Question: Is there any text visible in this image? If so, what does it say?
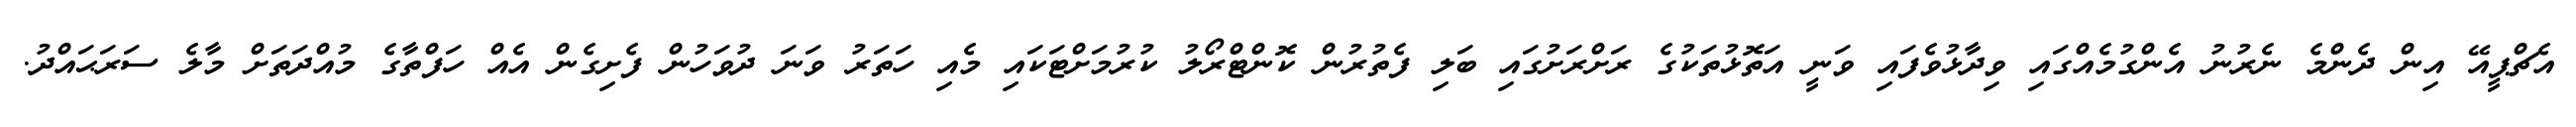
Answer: އެޗްޕީއޭ އިން ދެންމެ ނެރުނު އެންގުމެއްގައި ވިދާޅުވެފައި ވަނީ އަތޮޅުތަކުގެ ރަށްރަށުގައި ބަލި ފެތުރުން ކޮންޓްރޯލު ކުރުމަށްޓަކައި މެއި ހަތަރު ވަނަ ދުވަހުން ފެށިގެން އެއް ހަފްތާގެ މުއްދަތަށް މާލެ ސަރަޙައްދު.